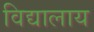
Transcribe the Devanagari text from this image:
विद्यालाय